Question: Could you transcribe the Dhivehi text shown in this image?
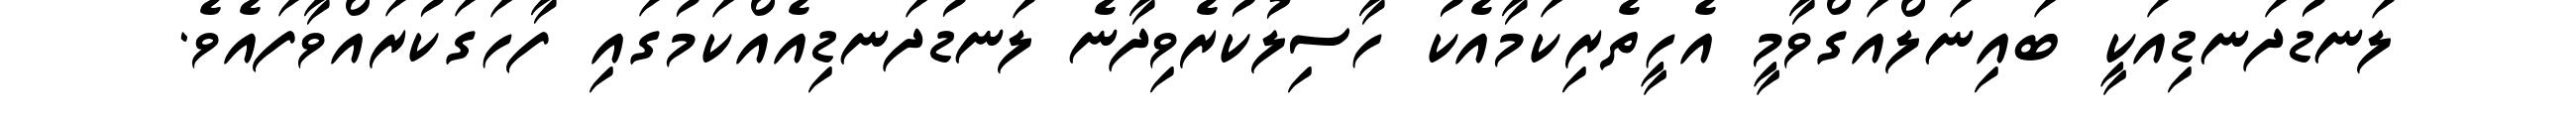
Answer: ލަނޑުދަނޑިއަކީ ބައިނަލްއަގްވާމީ އެހީތެރިކަމާއެކު ހާސިލުކުރެވިދާނެ ލަނޑުދަނޑިއެއްކަމުގައި ފާހަގަކުރައްވާފައެވެ.